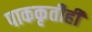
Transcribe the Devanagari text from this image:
पाककृतीही